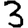
Digit: 3